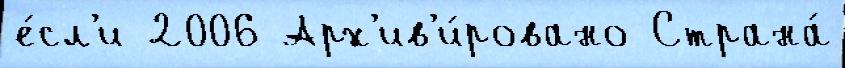
е́сл'и 2006 Арх'ив'и́ровано Страна́